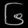
Digit: ၆